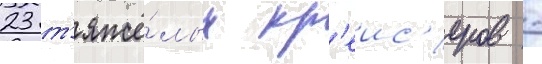
23 т'яжё́лых кр'еис'еров -